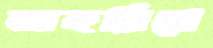
তাহরিখে